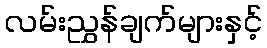
လမ်းညွှန်ချက်များနှင့်